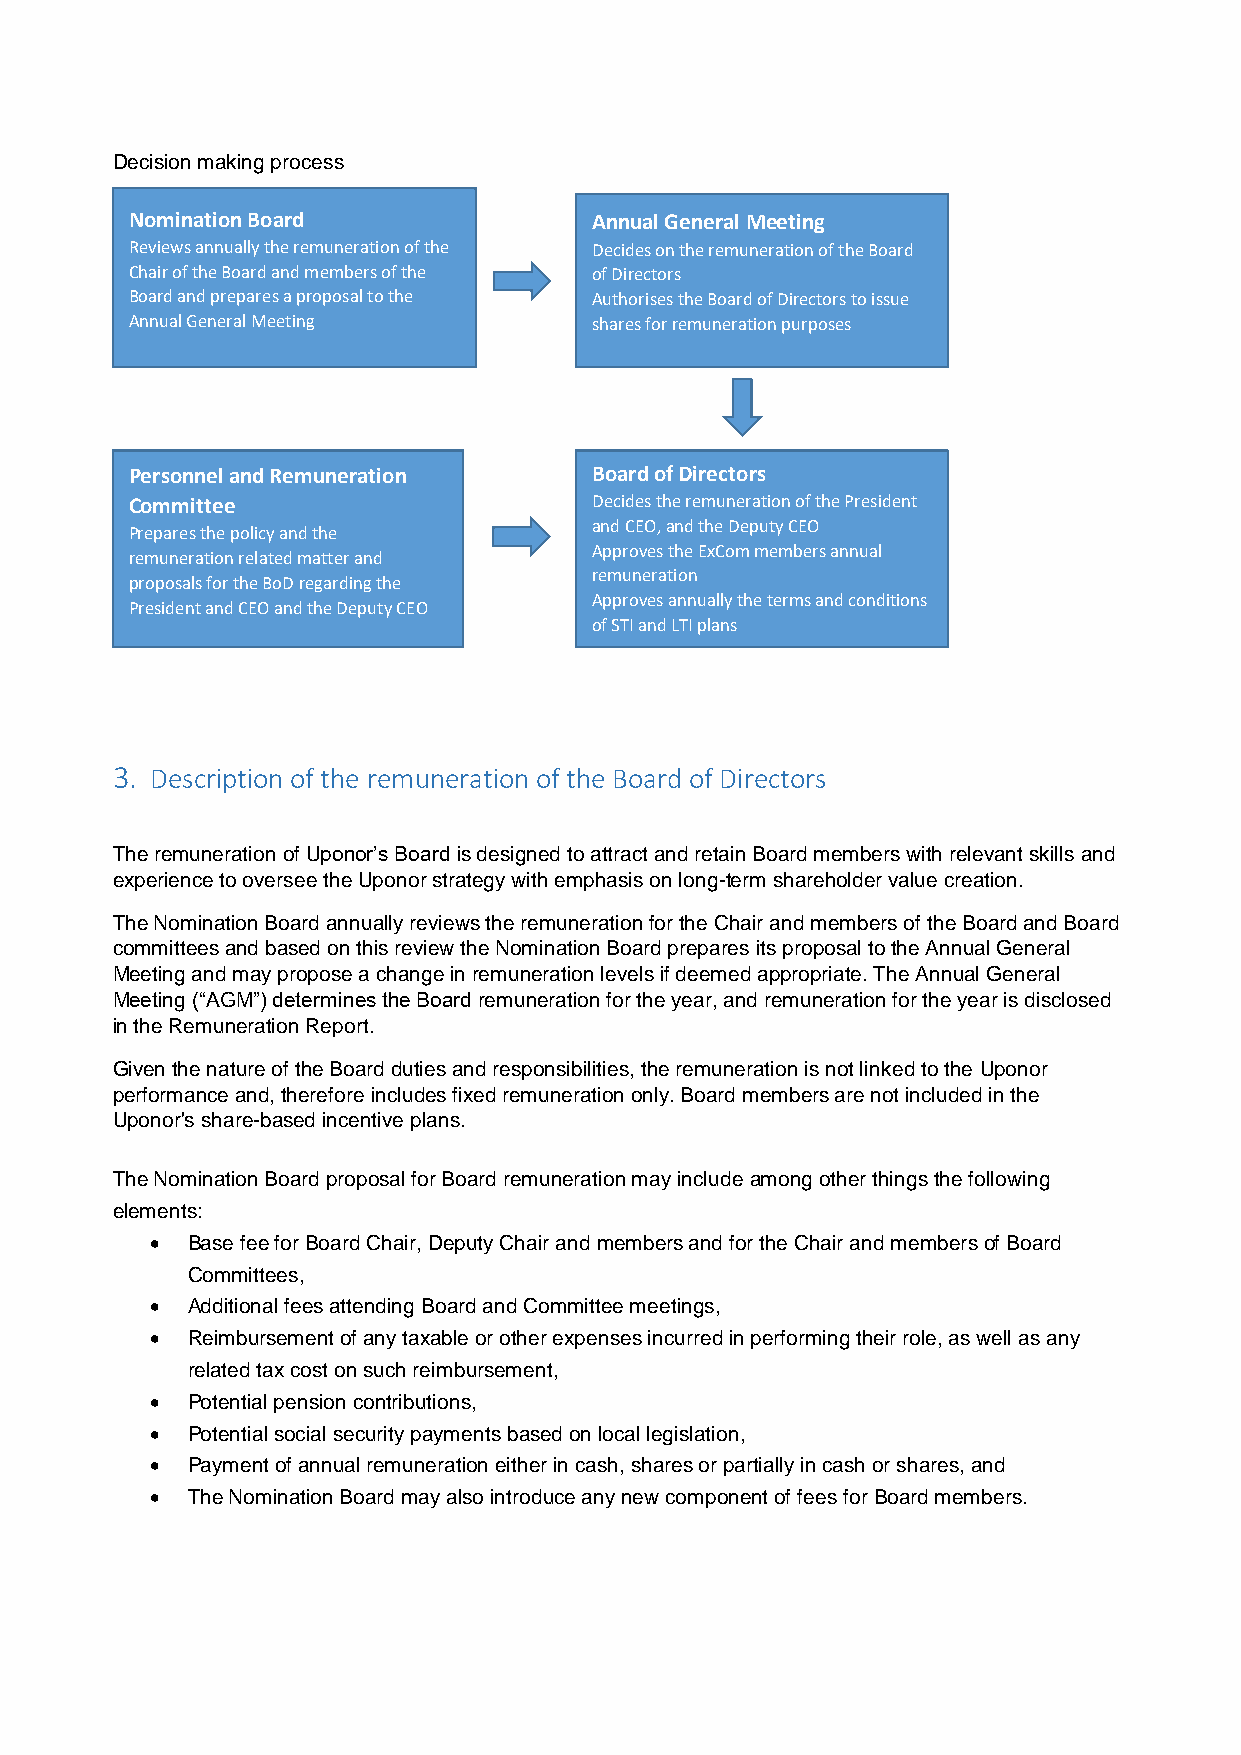
Decision making process
 Nomination Board              Annual General Meeting
 Reviews annually the remuneration of the Decides on the remuneration of the Board
 Chair of the Board and members of the of Directors
 Board and prepares a proposal to the Authorises the Board of Directors to issue
 Annual General Meeting        shares for remuneration purposes
 Personnel and Remuneration    Board of Directors
 Committee                     Decides the remuneration of the President
 and CEO, and the Deputy CEO
 Prepares the policy and the
 Approves the ExCom members annual
 remuneration related matter and
 remuneration
 proposals for the BoD regarding the
 Approves annually the terms and conditions
 President and CEO and the Deputy CEO
 of STI and LTI plans
 3. Description of the remuneration of the Board of Directors
 The remuneration of Uponor’s Board is designed to attract and retain Board members with relevant skills and
 experience to oversee the Uponor strategy with emphasis on long-term shareholder value creation.
 The Nomination Board annually reviews the remuneration for the Chair and members of the Board and Board
 committees and based on this review the Nomination Board prepares its proposal to the Annual General
 Meeting and may propose a change in remuneration levels if deemed appropriate. The Annual General
 Meeting (“AGM”) determines the Board remuneration for the year, and remuneration for the year is disclosed
 in the Remuneration Report.
 Given the nature of the Board duties and responsibilities, the remuneration is not linked to the Uponor
 performance and, therefore includes fixed remuneration only. Board members are not included in the
 Uponor's share-based incentive plans.
 The Nomination Board proposal for Board remuneration may include among other things the following
 elements:
  Base fee for Board Chair, Deputy Chair and members and for the Chair and members of Board
 Committees,
  Additional fees attending Board and Committee meetings,
  Reimbursement of any taxable or other expenses incurred in performing their role, as well as any
 related tax cost on such reimbursement,
  Potential pension contributions,
  Potential social security payments based on local legislation,
  Payment of annual remuneration either in cash, shares or partially in cash or shares, and
  The Nomination Board may also introduce any new component of fees for Board members.